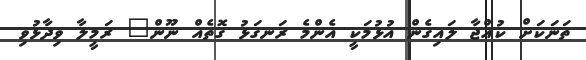
ތަނަކަށް ކުއްޖާ ލައިގެން އުޅުމަކީ އެންމެ ރަނގަޅު ގޮތެއް ނޫން" ރަމީލާ ވިދާޅުވި